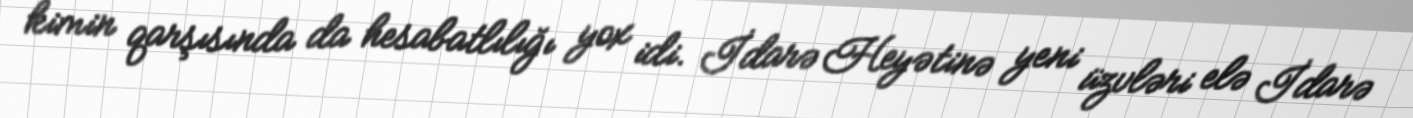
kimin qarşısında da hesabatlılığı yox idi. İdarə Heyətinə yeni üzvləri elə İdarə